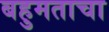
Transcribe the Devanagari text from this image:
बहुमताचा